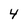
Character: 4